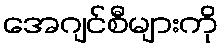
အေဂျင်စီများကို